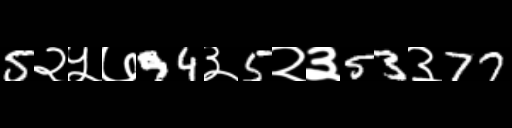
Text: 5२५७94३5२३53३77